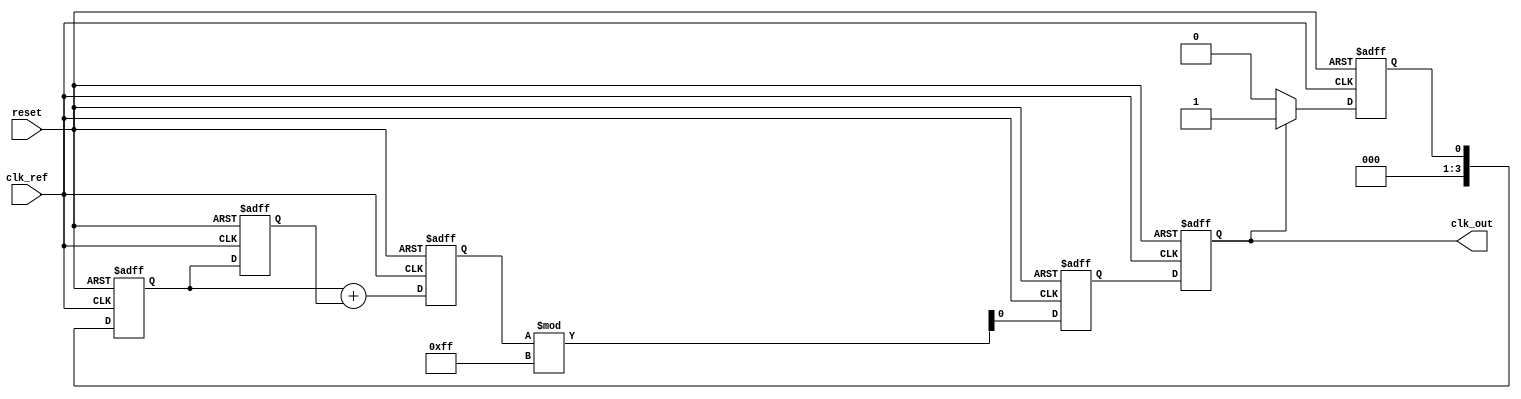
module MemoryBlocksLinearPLL (
    input wire clk_ref,            // Reference clock input
    input wire reset,              // Reset signal
    output wire clk_out            // Output clock from VCO
);
    // Parameters for VCO and Loop Filter characteristics
    parameter VCO_TUNING_RANGE = 8'd255; // Max tuning range for VCO
    parameter FILTER_SIZE = 4; // Size of memory for loop filter

    // Memory block to hold the control voltage state
    reg [FILTER_SIZE-1:0] filter_memory [0:1]; // Two memory blocks for previous states
    reg [FILTER_SIZE-1:0] control_voltage; // Control voltage from loop filter

    // Phase Detector
    reg phase_error;
    
    // VCO
    reg [7:0] vco_output; // VCO output frequency
    reg [7:0] vco_tuning; // VCO tuning based on control voltage

    // Phase Detector logic
    always @(posedge clk_ref or posedge reset) begin
        if (reset) begin
            phase_error <= 0;
        end else begin
            // Simple phase detection logic
            // Assume a simple method to compare with a delayed version of clk_out
            phase_error <= clk_out ? 1 : 0; // Example comparison (to be refined)
        end
    end

    // Loop Filter with memory blocks
    always @(posedge clk_ref or posedge reset) begin
        if (reset) begin
            filter_memory[0] <= 0;
            filter_memory[1] <= 0;
            control_voltage <= 0;
        end else begin
            // Simple filter implementation
            filter_memory[0] <= phase_error; // Store latest error
            filter_memory[1] <= filter_memory[0]; // Store previous error
            control_voltage <= filter_memory[0] + filter_memory[1]; // Example filtering operation
        end
    end

    // VCO logic
    always @(posedge clk_ref or posedge reset) begin
        if (reset) begin
            vco_output <= 0;
            vco_tuning <= 0;
        end else begin
            // Adjust VCO output based on control voltage
            vco_tuning <= control_voltage % VCO_TUNING_RANGE; // Example tuning logic
            vco_output <= vco_tuning; // Output frequency based on tuning
        end
    end

    // Feedback Path (Assuming a divider for simplicity)
    wire feedback_signal;
    assign feedback_signal = vco_output >> 1; // Example feedback division

    // Output clock generation (VCO output)
    assign clk_out = vco_output; // Output the VCO frequency

endmodule